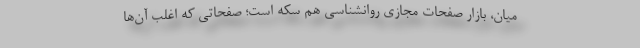
میان، بازار صفحات مجازی روانشناسی هم سکه است؛ صفحاتی که اغلب آن‌ها